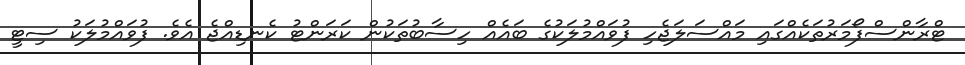
ޓްރާންސްފޯމަރުތަކެއްގައި މައްސަލަޖެހި ފުވައްމުލަކުގެ ބައެއް ހިސާބުތަކުން ކަރަންޓު ކެނޑިއްޖެ އެވެ. ފުވައްމުލަކު ސިޓީ